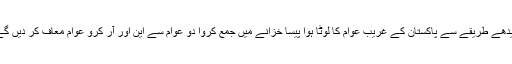
سیدھے طریقے سے پاکستان کے غریب عوام کا لوٹا ہوا پیسا خزانے میں جمع کروا دو عوام سے این اور آر کرو عوام معاف کر دیں گے۔